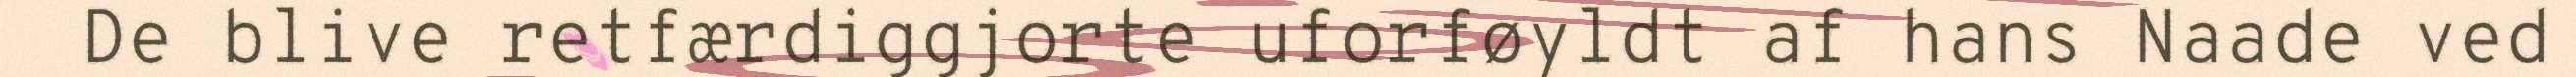
De blive retfærdiggjorte uforføyldt af hans Naade ved